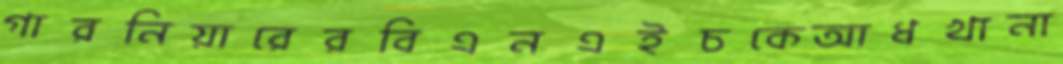
গারনিয়ারেরবিএনএইচকেআধখানা